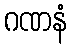
ဂဏနံ